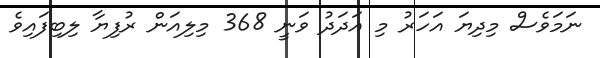
ނަމަވެސް މިދިޔަ އަހަރު މި އަދަދު ވަނީ 368 މިލިއަން ރުފިޔާ ލިބިފައިވެ